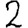
Digit: 2